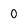
Character: O